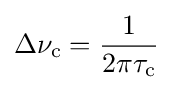
\Delta \nu _{\rm {c}}={\frac {1}{2\pi \tau _{\rm {c}}}}